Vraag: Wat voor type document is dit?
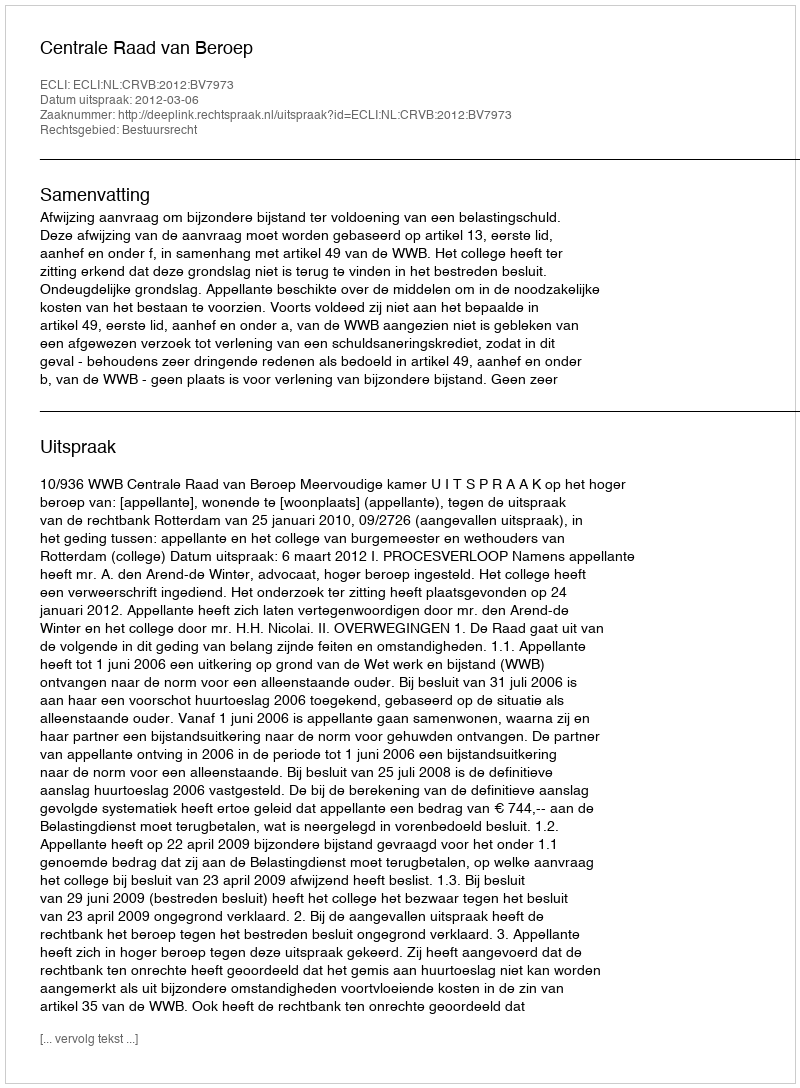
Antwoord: Uitspraak